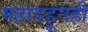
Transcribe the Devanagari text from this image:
महाडहूनही